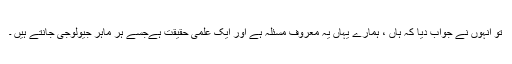
تو انہوں نے جواب دیا کہ ہاں ، ہمارے یہاں یہ معروف مسئلہ ہے اور ایک علمی حقیقت ہےجسے ہر ماہر جیولوجی جانتے ہیں ۔